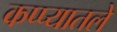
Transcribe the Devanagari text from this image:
कप्प्यातले